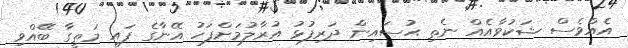
އެއްވެސް ޝަކުވާއެއް ނެތި ޙުސައިން ދަރިފުޅު އުރާލުމަށްފަހު އޭނާގެ ފައި މަތީގާ ބޭއްވި